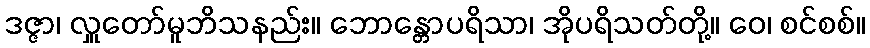
ဒဇ္ဇာ၊ လှူတော်မူဘိသနည်း။ ဘောန္တောပရိသာ၊ အိုပရိသတ်တို့။ ဝေ၊ စင်စစ်။